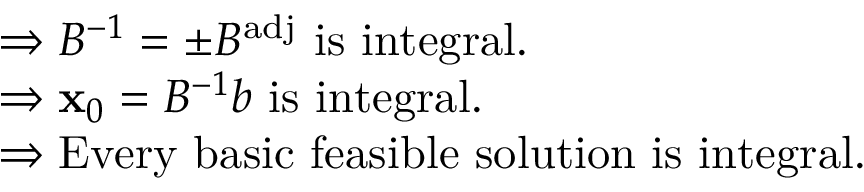
{ \begin{array} { r l } & { \Rightarrow B ^ { - 1 } = \pm B ^ { \mathrm { a d j } } { \mathrm { ~ i s ~ i n t e g r a l . } } } \\ & { \Rightarrow \mathbf { x } _ { 0 } = B ^ { - 1 } b { \mathrm { ~ i s ~ i n t e g r a l . } } } \\ & { \Rightarrow { \mathrm { E v e r y ~ b a s i c ~ f e a s i b l e ~ s o l u t i o n ~ i s ~ i n t e g r a l . } } } \end{array} }